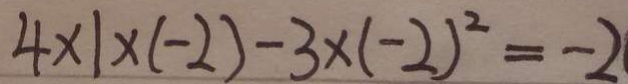
4 \times 1 \times ( - 2 ) - 3 \times ( - 2 ) ^ { 2 } = - 2